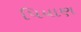
પિયાણ